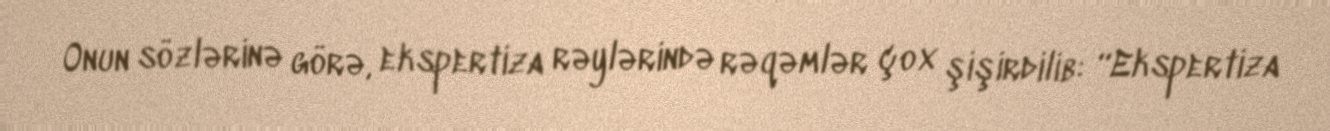
Onun sözlərinə görə, ekspertiza rəylərində rəqəmlər çox şişirdilib: “Ekspertiza